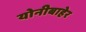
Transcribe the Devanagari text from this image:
योनीबाहेर